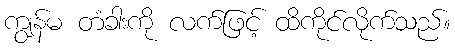
ကျွန်မ တံခါးကို လက်ဖြင့် ထိကိုင်လိုက်သည်။